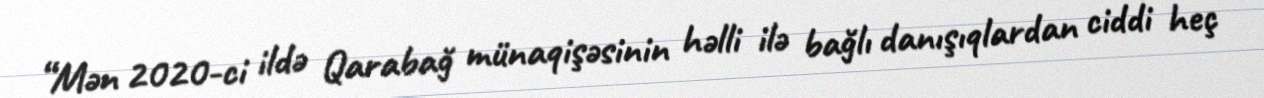
“Mən 2020-ci ildə Qarabağ münaqişəsinin həlli ilə bağlı danışıqlardan ciddi heç